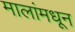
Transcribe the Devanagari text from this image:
मालांमधून